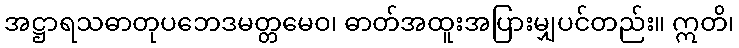
အဋ္ဌာရသဓာတုပဘေဒမတ္တမေဝ၊ ဓာတ်အထူးအပြားမျှပင်တည်း။ ဣတိ၊